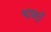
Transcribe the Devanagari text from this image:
भाब्दों